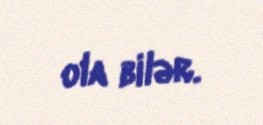
ola bilər.